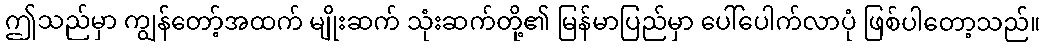
ဤသည်မှာ ကျွန်တော့်အထက် မျိုးဆက် သုံးဆက်တို့၏ မြန်မာပြည်မှာ ပေါ်ပေါက်လာပုံ ဖြစ်ပါတော့သည်။